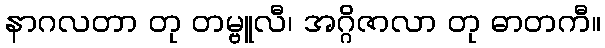
နာဂလတာ တု တမ္ဗူလီ၊ အဂ္ဂိဇာလာ တု ဓာတကီ။